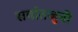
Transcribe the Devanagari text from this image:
सर्वातजुनी